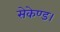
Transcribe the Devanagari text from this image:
सेकेण्ड।